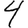
Digit: 4